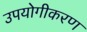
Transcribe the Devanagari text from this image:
उपयोगीकरण